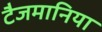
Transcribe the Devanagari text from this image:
टैजमानिया